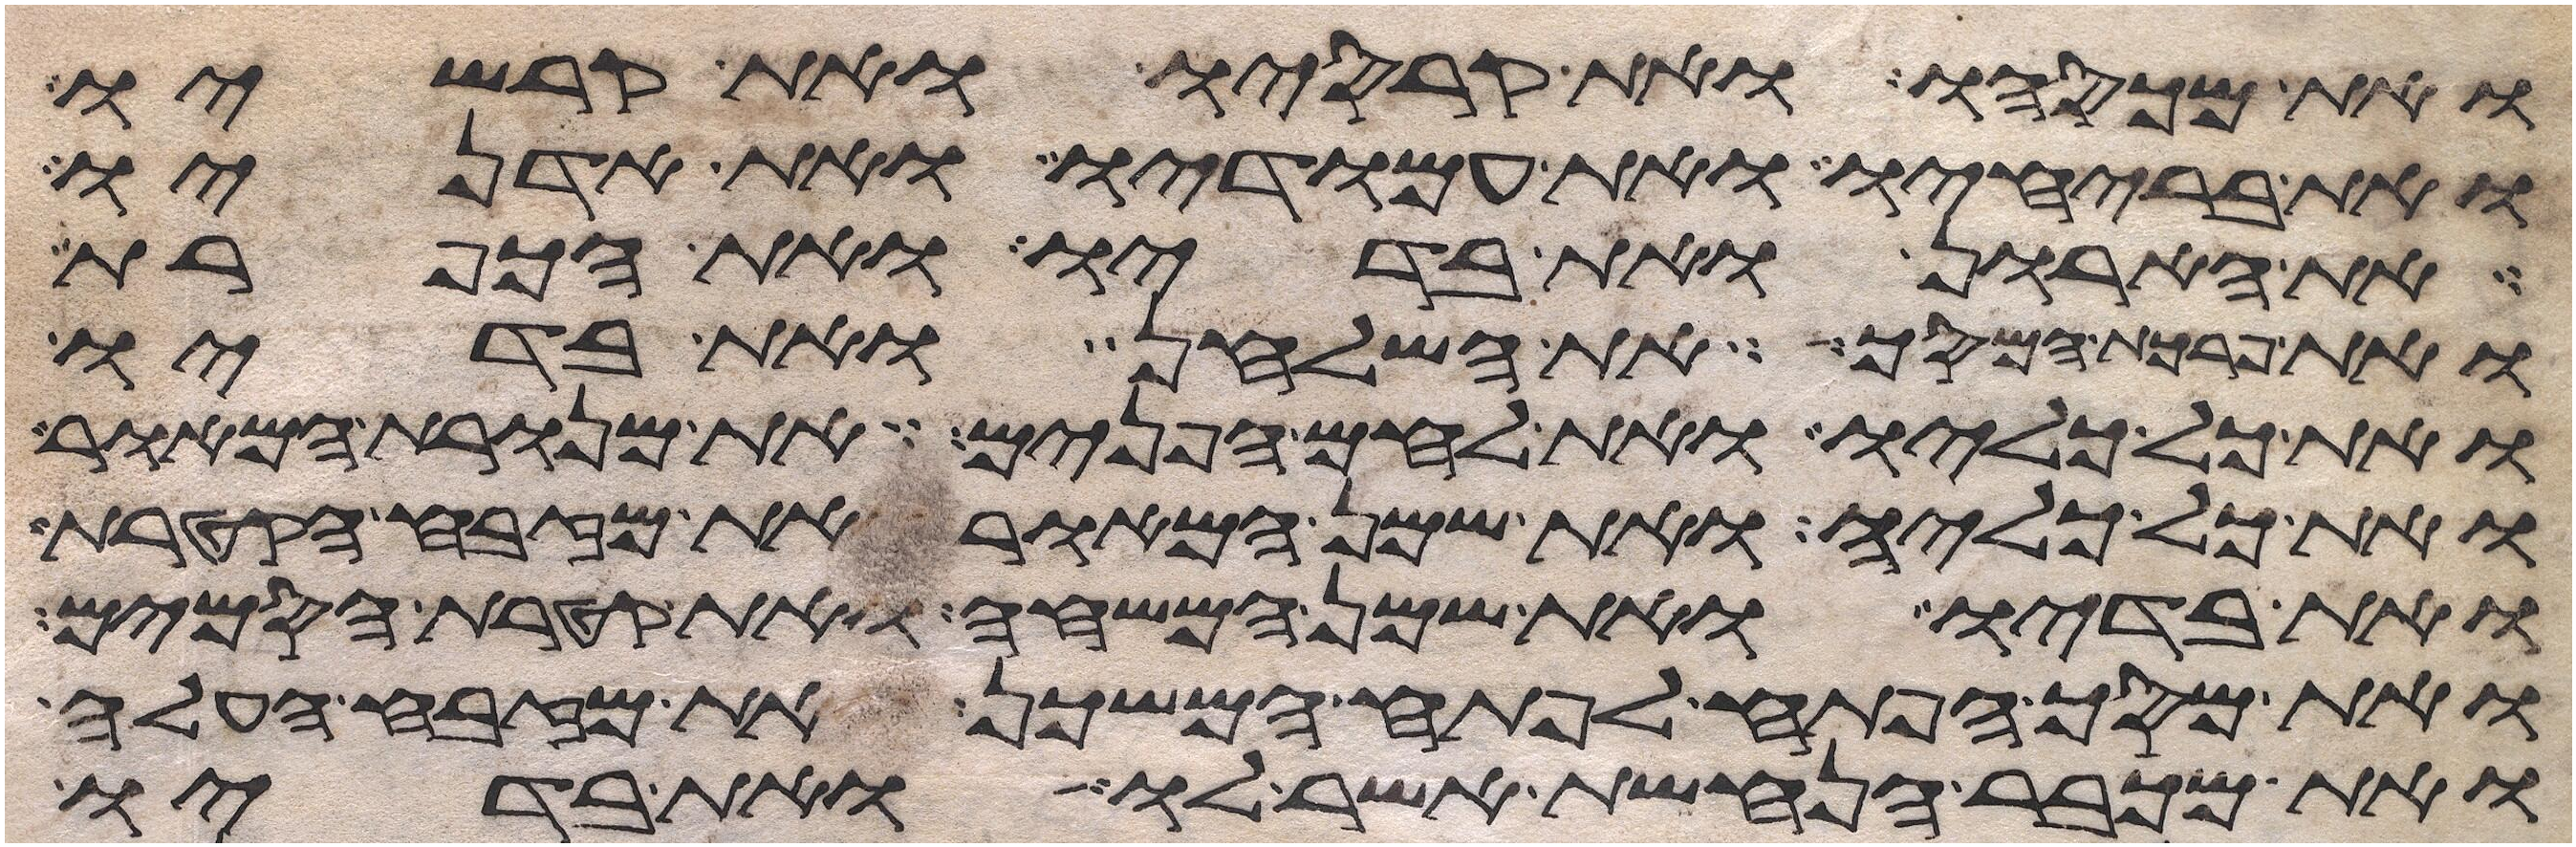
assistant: ואת מכסהו ואת קרסיו ואת קרשיו
ואת בריחיו ואת עמודיו ואת אדניו
את הארון ואת בדיו ואת הכפרת
ואת פרכת המסך את השלחן ואת בדיו
ואת כל כליו ואת לחם הפנים את מנורת המאור
ואת כל כליה ואת שמן המאור את מזבח הקטרת
ואת בדיו ואת שמן המשחה ואת קטרת הסמים
ואת מסך הפתח לפתח המשכן ואת מזבח העלה
ואת מכבר הנחשת אשר לו ואת בדיו